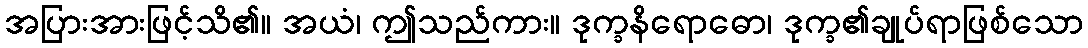
အပြားအားဖြင့်သိ၏။ အယံ၊ ဤသည်ကား။ ဒုက္ခနိရောဓော၊ ဒုက္ခ၏ချုပ်ရာဖြစ်သော